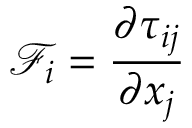
\mathcal { F } _ { i } = \frac { \partial \tau _ { i j } } { \partial x _ { j } }